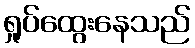
ရှုပ်ထွေးနေသည်